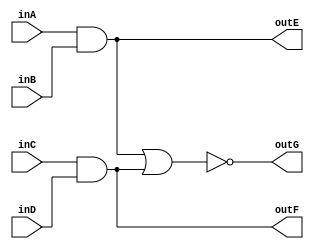
`timescale 1ns / 1ps

module four_aoi(inA, inB, inC, inD, outE, outF, outG);

input inA, inB, inC, inD;
output outE, outF, outG;

assign outE = inA & inB;
assign outF = inC & inD;
assign outG = ~(outE | outF);

endmodule